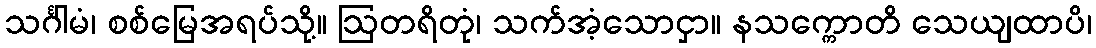
သင်္ဂါမံ၊ စစ်မြေအရပ်သို့။ ဩတရိတုံ၊ သက်အံ့သောငှာ။ နသက္ကောတိ သေယျထာပိ၊